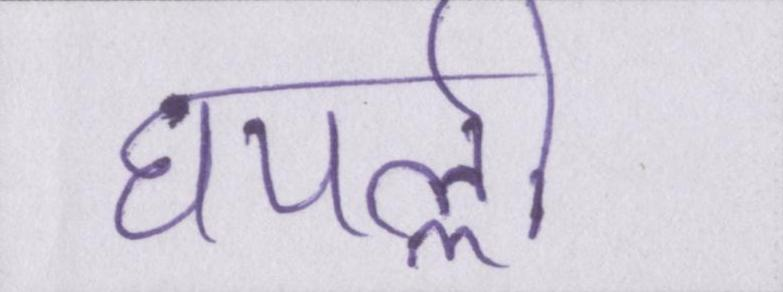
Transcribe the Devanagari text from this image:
घपल्ली